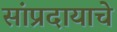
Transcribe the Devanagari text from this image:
सांप्रदायाचे